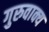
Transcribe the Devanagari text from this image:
गुरुवाक्य